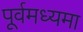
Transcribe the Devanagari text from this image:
पूर्वमध्यमा